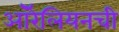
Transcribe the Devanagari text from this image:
ऑरेलियनची